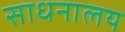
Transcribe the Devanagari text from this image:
साधनालय